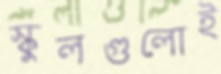
স্কুলগুলোই